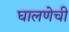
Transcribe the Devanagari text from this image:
घालणेची